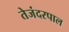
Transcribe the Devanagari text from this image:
तेजंदरपाल